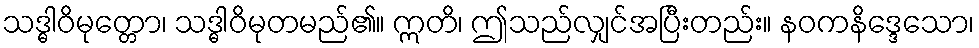
သဒ္ဓါဝိမုတ္တော၊ သဒ္ဓါဝိမုတမည်၏။ ဣတိ၊ ဤသည်လျှင်အပြီးတည်း။ နဝကနိဒ္ဒေသော၊